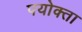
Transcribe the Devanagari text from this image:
पयोक्ता